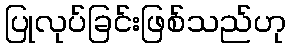
ပြုလုပ်ခြင်းဖြစ်သည်ဟု